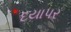
દયાપર